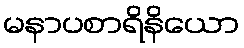
မနာပစာရိနိယော